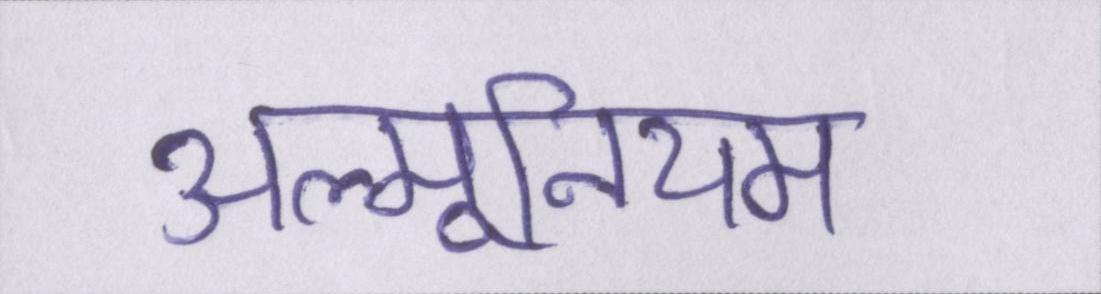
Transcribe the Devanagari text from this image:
अल्मूनियम